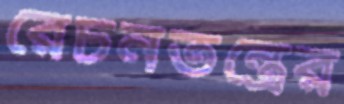
রেচনতন্ত্রের